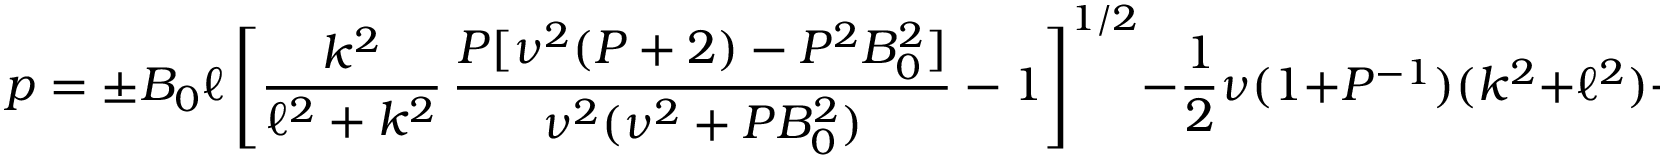
p = \pm B _ { 0 } \ell \left[ \frac { k ^ { 2 } } { \ell ^ { 2 } + k ^ { 2 } } \, \frac { P [ \nu ^ { 2 } ( P + 2 ) - P ^ { 2 } B _ { 0 } ^ { 2 } ] } { \nu ^ { 2 } ( \nu ^ { 2 } + P B _ { 0 } ^ { 2 } ) } - 1 \right] ^ { 1 / 2 } - \frac { 1 } { 2 } \nu ( 1 + P ^ { - 1 } ) ( k ^ { 2 } + \ell ^ { 2 } ) + O ( k ^ { 2 } , \ell ^ { 2 } ) .